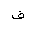
Letter: _fa